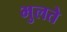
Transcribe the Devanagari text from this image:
भुलते